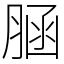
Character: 𦜆